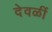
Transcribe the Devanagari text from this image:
देवळीं